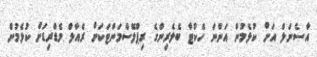
އާސެނަލް އަށް ކުޅެމުން އަންނަ ހެކްޓާ ބެލެރިންގެ ރިޕްލޭސްމަންޓަކަށް ރެއާލް މެޑްރިޑަށް ކުޅެމުން